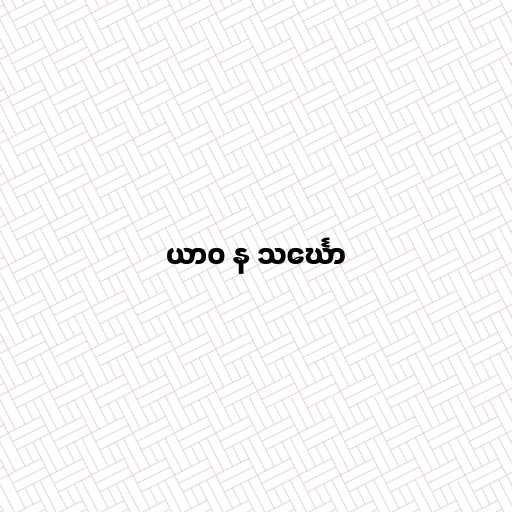
ယာဝ န သင်္ဃော